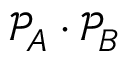
\mathcal { P } _ { A } \cdot \mathcal { P } _ { B }